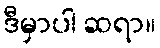
ဒီမှာပါ ဆရာ။